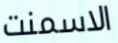
الاسمنت